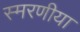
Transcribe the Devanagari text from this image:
स्मरणीया